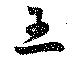
王